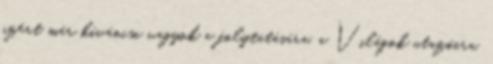
azért már kíváncsi vagyok a folytatására, a Világok utazóira.